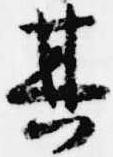
其